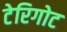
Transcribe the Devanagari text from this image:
टेरिगोट